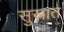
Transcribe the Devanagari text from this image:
सुस्नात